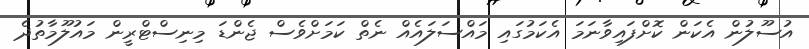
އުސޫލުން އެކަން ކޮށްފައިވާނަމަ އެކަމުގައި މައްސަލައެއް ނެތް ކަމަށްވެސް ޖެންޑަ މިނިސްޓްރީން މައުލޫމާތުދެ